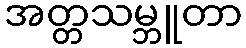
အတ္တသမ္ဘူတာ